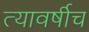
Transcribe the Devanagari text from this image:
त्यावर्षीच